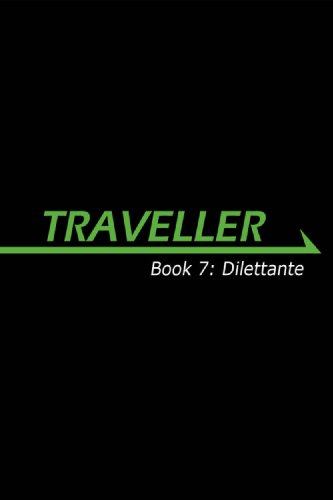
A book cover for Traveller Book 8: Dilettante (Traveller Sci-Fi Roleplaying); August Hahn; Science Fiction & Fantasy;